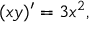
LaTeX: ( x y ) ^ { \prime } = 3 x ^ { 2 } ,